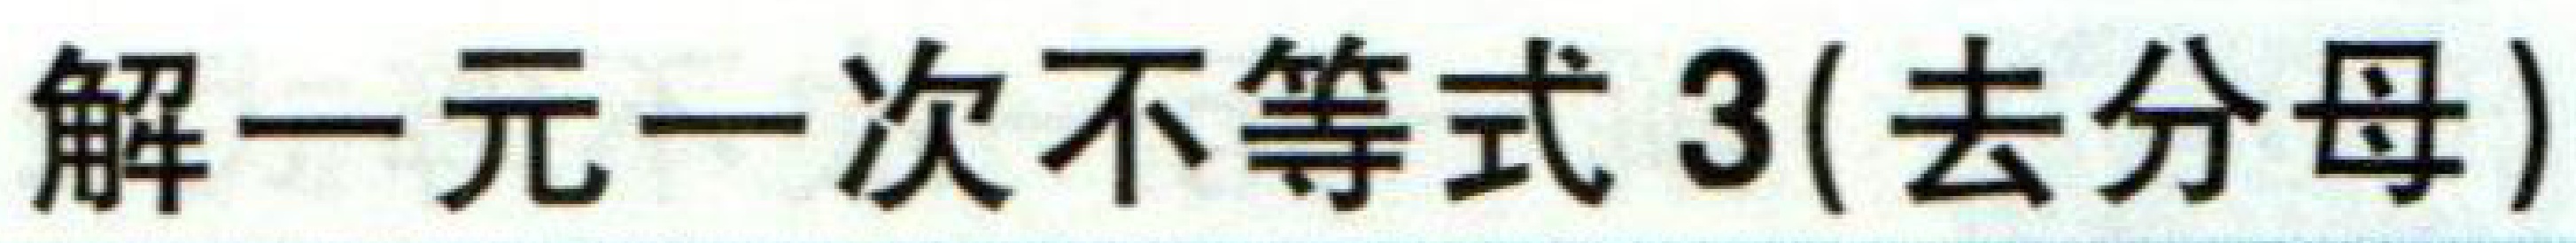
解一元一次不等式3(去分母)